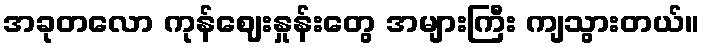
အခုတလော ကုန်ဈေးနှုန်းတွေ အများကြီး ကျသွားတယ်။